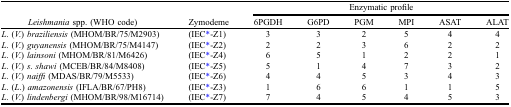
<table><thead><tr><td></td><td></td><td colspan="6"><b>Enzymatic profile</b></td></tr><tr><td><b><i>Leishmania</i> spp. (WHO code)</b></td><td><b>Zymodeme</b></td><td><b>6PGDH</b></td><td><b>G6PD</b></td><td><b>PGM</b></td><td><b>MPI</b></td><td><b>ASAT</b></td><td><b>ALAT</b></td></tr></thead><tbody><tr><td><i>L</i>. (<i>V</i>.) <i>braziliensis</i> (MHOM/BR/75/M2903)</td><td>(IEC*-Z1)</td><td>3</td><td>3</td><td>2</td><td>5</td><td>4</td><td>4</td></tr><tr><td><i>L</i>. (<i>V</i>.) <i>guyanensis</i> (MHOM/BR/75/M4147)</td><td>(IEC*-Z2)</td><td>2</td><td>2</td><td>3</td><td>6</td><td>2</td><td>2</td></tr><tr><td><i>L</i>. (<i>V</i>.) <i>lainsoni</i> (MHOM/BR/81/M6426)</td><td>(IEC*-Z4)</td><td>6</td><td>5</td><td>1</td><td>2</td><td>2</td><td>1</td></tr><tr><td><i>L</i>. (<i>V</i>.) <i>s</i>. <i>shawi</i> (MCEB/BR/84/M8408)</td><td>(IEC*-Z5)</td><td>5</td><td>1</td><td>4</td><td>7</td><td>3</td><td>2</td></tr><tr><td><i>L</i>. (<i>V</i>.) <i>naiffi</i> (MDAS/BR/79/M5533)</td><td>(IEC*-Z6)</td><td>4</td><td>4</td><td>5</td><td>3</td><td>4</td><td>3</td></tr><tr><td><i>L</i>. (<i>L</i>.) <i>amazonensis</i> (IFLA/BR/67/PH8)</td><td>(IEC*-Z3)</td><td>1</td><td>6</td><td>6</td><td>1</td><td>1</td><td>5</td></tr><tr><td><i>L</i>. (<i>V</i>.) <i>lindenbergi</i> (MHOM/BR/98/M16714)</td><td>(IEC*-Z7)</td><td>7</td><td>4</td><td>5</td><td>4</td><td>5</td><td>3</td></tr></tbody></table>